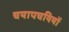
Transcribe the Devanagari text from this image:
चयापचयियों